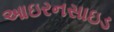
આઇરનસાઇડ